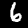
Label: 6